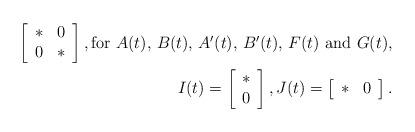
LaTeX: \begin{align*}\left[\begin{array}{cc}\ast & 0\\0 & \ast\end{array}\right], \mbox{for $A(t)$, $B(t)$, $A'(t)$, $B'(t)$, $F(t)$ and $G(t)$},\\ I(t)=\left[\begin{array}{c}\ast\\0\end{array}\right],J(t)=\left[\begin{array}{cc}\ast & 0\end{array}\right].\end{align*}